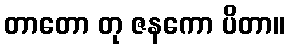
တာတော တု ဇနကော ပိတာ။